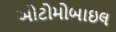
ઓટોમોબાઇલ